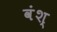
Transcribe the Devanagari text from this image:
वंश्